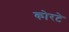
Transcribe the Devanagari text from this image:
कोरटे